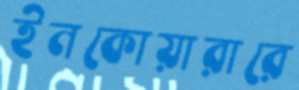
ইনকোয়ারারে